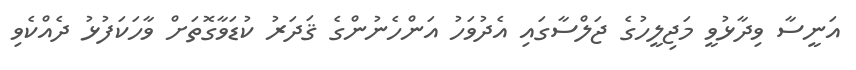
އަނީސާ ވިދާޅުވީ މަޖިލީހުގެ ޖަލްސާގައި އެދުވަހު އަންހެނުންގެ ޤަދަރު ކުޑަވާގޮތަށް ވާހަކަފުޅު ދެއްކެވި